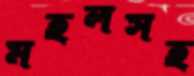
মহলসহ